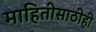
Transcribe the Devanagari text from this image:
माहितीसाठीही